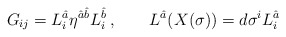
\begin{align*}G_{ij}=L_i^{\hat{a}}\eta^{{\hat{a}}{\hat{b}}} L_i^{\hat{b}}\,, \qquad L^{\hat{a}} (X(\sigma)) = d\sigma^i L_i^{\hat{a}}\,\end{align*}